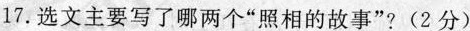
17.选文主要写了哪两个“照相的故事”?(2分)